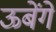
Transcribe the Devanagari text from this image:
ऊबेंगे